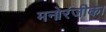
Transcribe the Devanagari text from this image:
मनोरंजीका